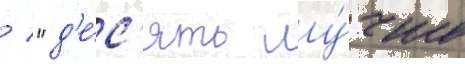
  "д'е́с'ять лу́чше